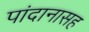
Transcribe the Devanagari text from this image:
पांदानासह